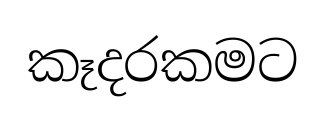
කෑදරකමට